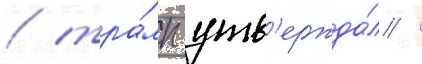
/ тра́мп утв'ержда́л /